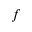
f